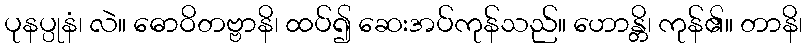
ပုနပ္ပုနံ၊ လဲ။ ဓောဝိတဗ္ဗာနိ၊ ထပ်၍ ဆေးအပ်ကုန်သည်။ ဟောန္တိ၊ ကုန်၏။ တာနိ၊